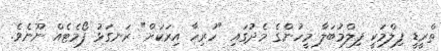
ތްރީޑީ ފިލްމަކީ ފިލްމުބަލާ މީހުންގެ މެދުގައި "ހުރިހާ އިރަކަށް" ރަނގަޅު ފޯމެޓެއް ނޫނެވެ.